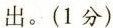
出。(1分)